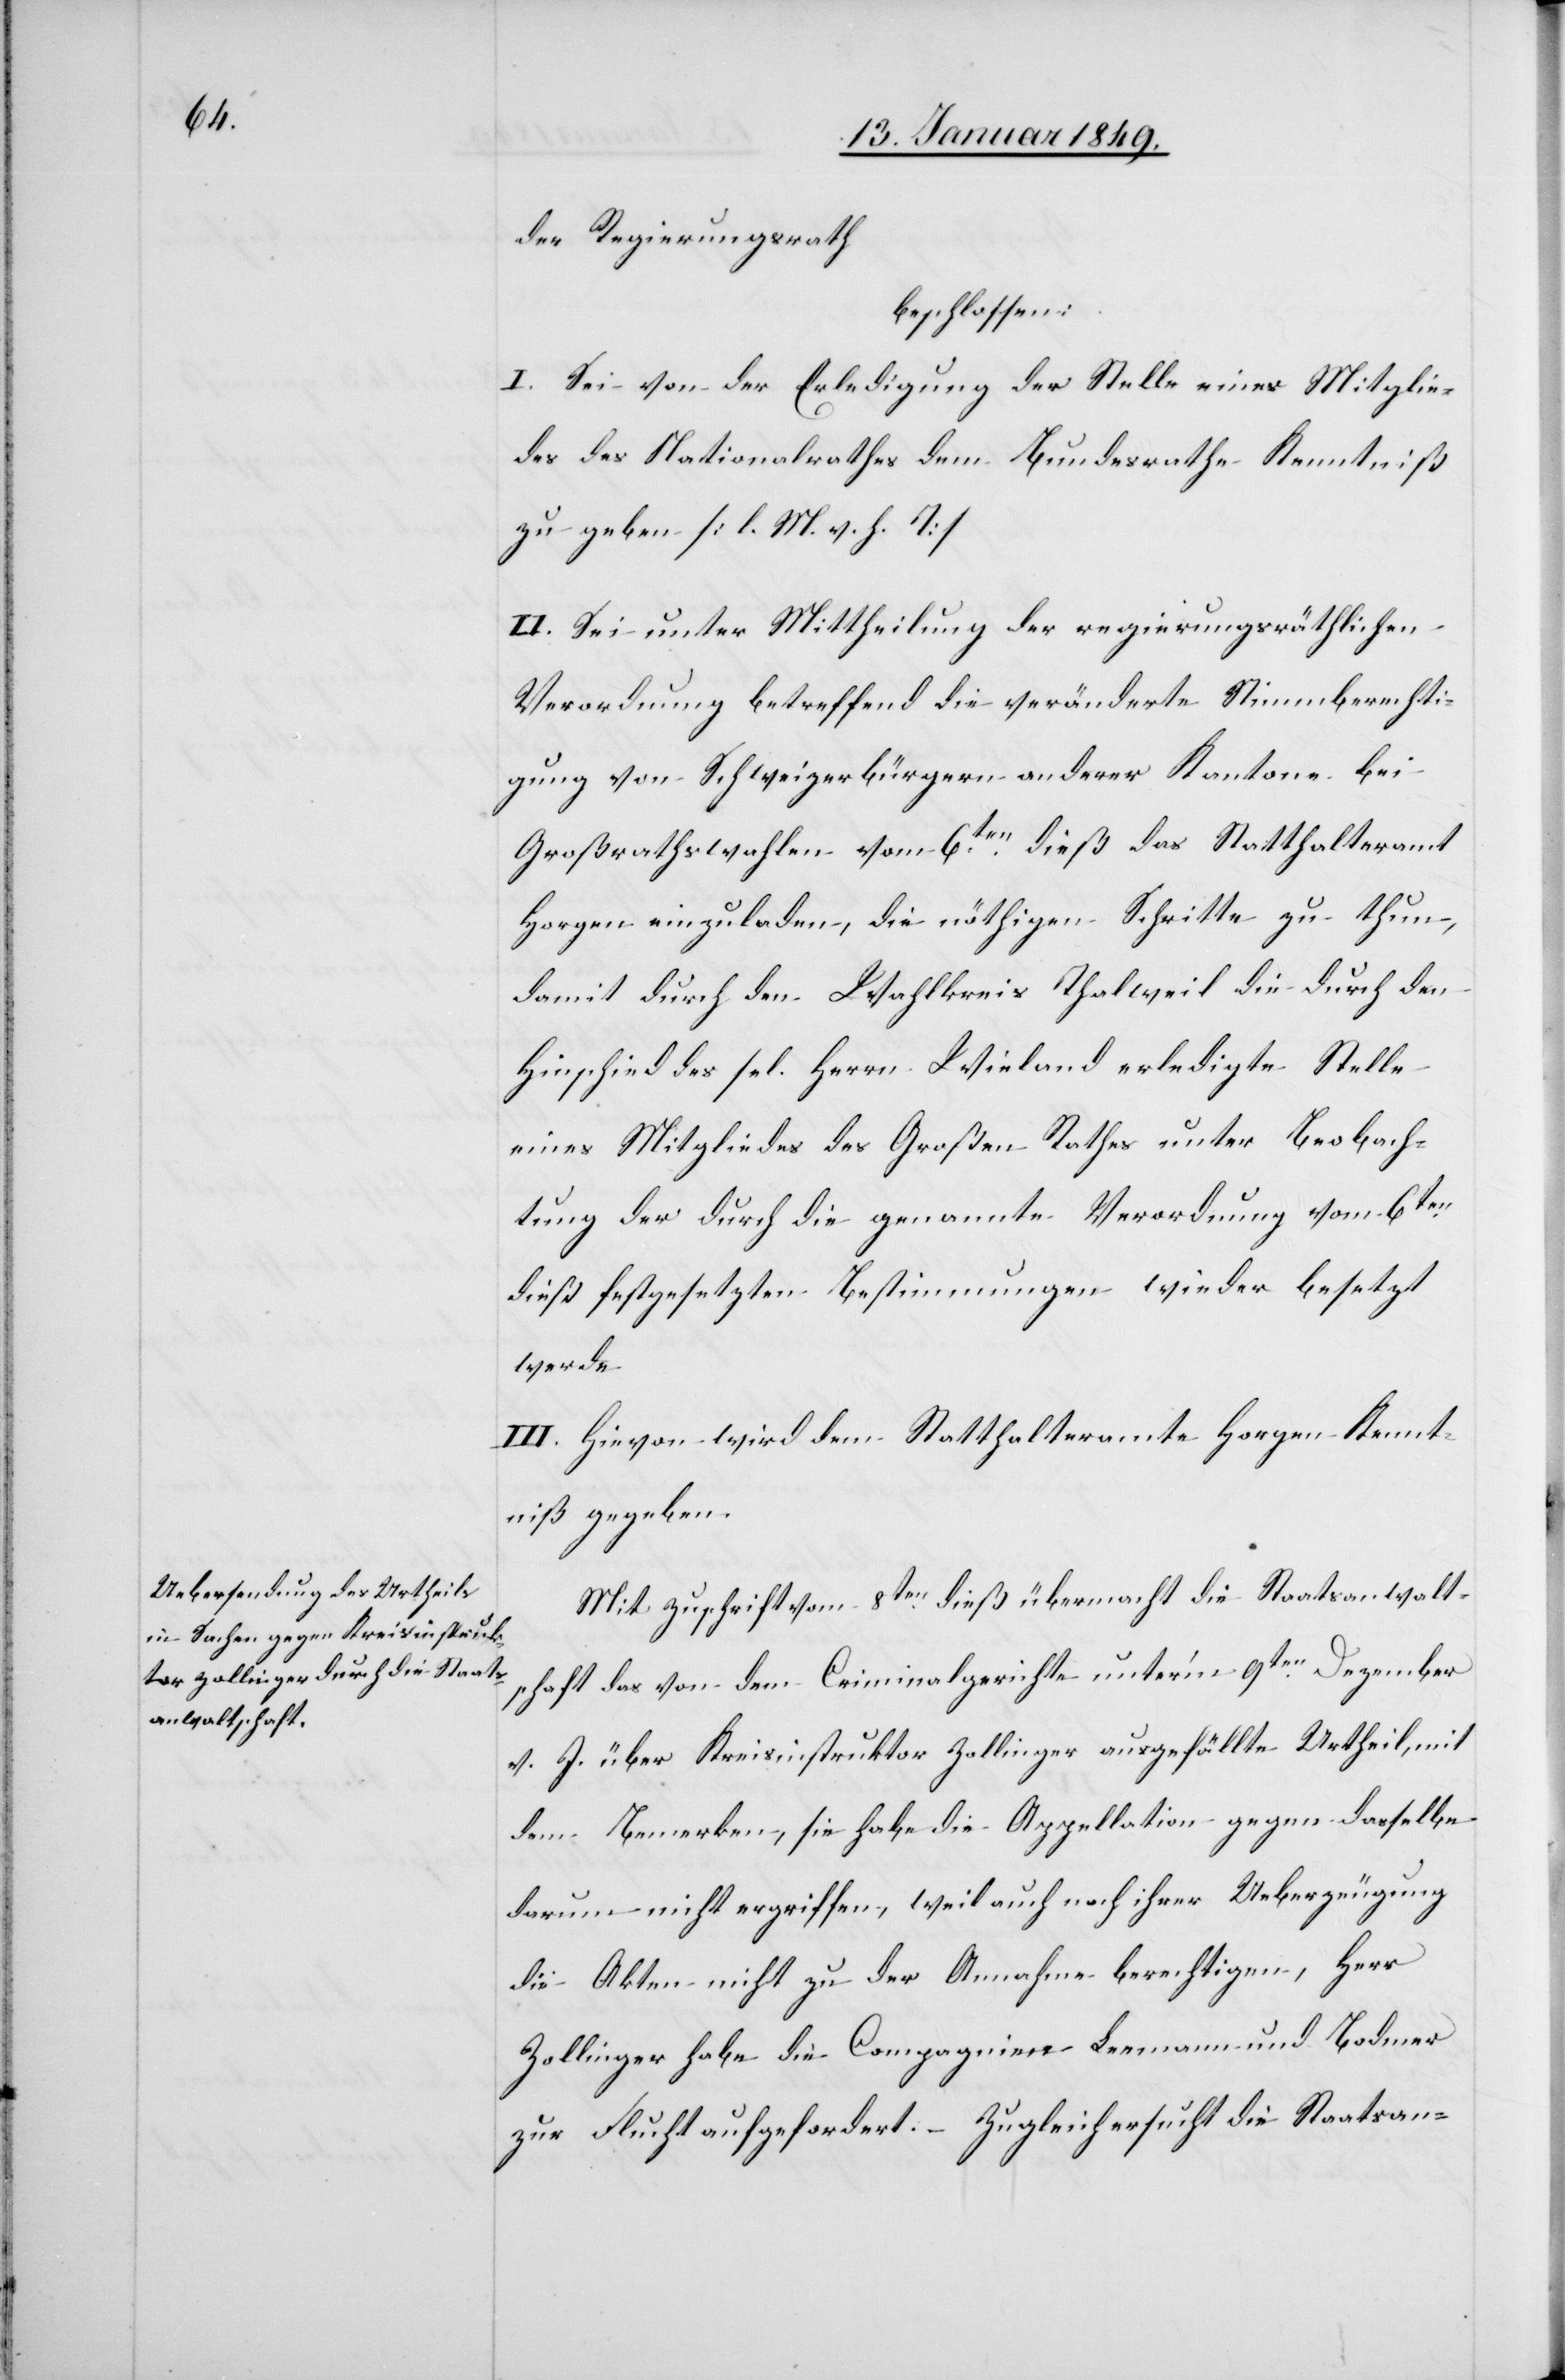
der Regierungsrath
beschlossen:
I. Sei von der Erledigung der Stelle eines Mitglie¬
des des Nationalrathes dem Bundesrathe Kenntniß
zu geben. [l. M. v. h. T]
II. Sei unter Mittheilung der regierungsräthlichen
Verordnung betreffend die veränderte Stimmberechti¬
gung von Schweizerbürgern anderer Kantone bei
Großrathswahlen vom 6ten. dieß das Statthalteramt
Horgen einzuladen, die nöthigen Schritte zu thun,
damit durch den Wahlkreis Thalweil die durch den
Hinschied des sel. Herrn Wieland erledigte Stelle
eines Mitgliedes des Großen Rathes unter Beobach¬
tung der durch die genannte Verordnung vom 6ten.
dieß festgesetzten Bestimmungen wieder besetzt
werde.
III. Hievon wird dem Statthalteramte Horgen Kennt¬
niß gegeben.
Mit Zuschrift vom 8ten. dieß übermacht die Staatsanwalt¬
schaft das von dem Criminalgerichte unter’m 9ten. Dezember
v. J. über Kreisinstruktor Zollinger ausgefällte Urtheil, mit
dem Bemerken, sie habe die Appellation gegen dasselbe
darum nicht ergriffen, weil auch nach ihrer Ueberzeugung
die Akten nicht zu der Annahme berechtigen, Herr
Zollinger habe die Compagnien Leemann und Bodmer
zur Flucht aufgefordert. – Zugleich ersucht die Staatsan-